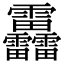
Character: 靐